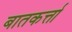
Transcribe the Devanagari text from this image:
बातकर्त्ता